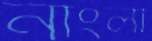
নাংলী